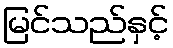
မြင်သည်နှင့်